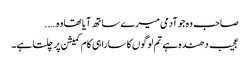
صاحب وہ جو آدمی میرے ساتھ آیا تھا وہ…..
عجیب دھندہ ہے تم لوگوں کا سارا ہی کام کمیشن پر چلتا ہے۔